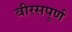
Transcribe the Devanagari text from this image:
वीरसपूर्ण